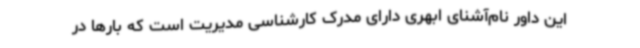
این داور نام‌آشنای ابهری دارای مدرک کارشناسی مدیریت است که بارها در